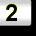
Digit: 2